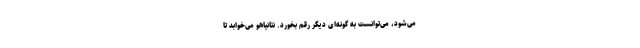
می‌شود، می‌توانست به گونه‌ای دیگر رقم بخورد. نتانیاهو می‌خوابد تا